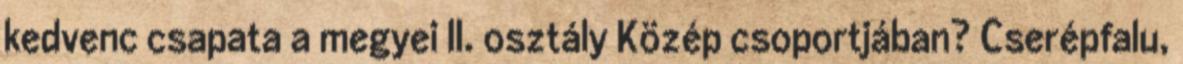
kedvenc csapata a megyei II. osztály Közép csoportjában? Cserépfalu,